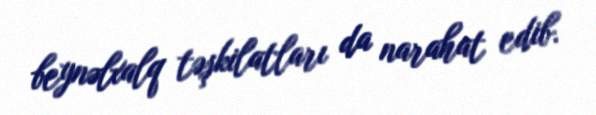
beynəlxalq təşkilatları da narahat edib.